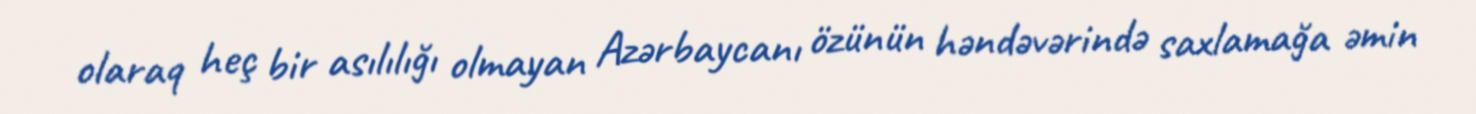
olaraq heç bir asılılığı olmayan Azərbaycanı özünün həndəvərində saxlamağa əmin